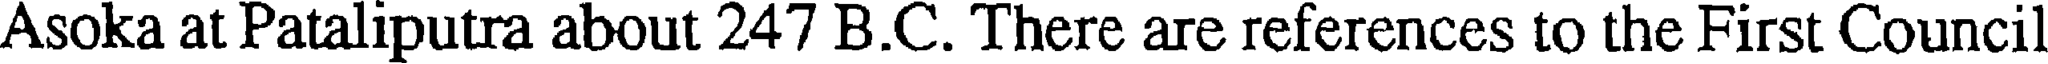
Asoka at Pataliputra about 247 B.C. There are references to the First Council